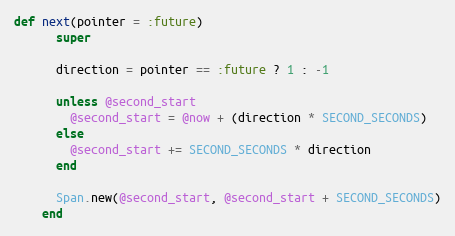
Language: Ruby
def next(pointer = :future)
      super

      direction = pointer == :future ? 1 : -1

      unless @second_start
        @second_start = @now + (direction * SECOND_SECONDS)
      else
        @second_start += SECOND_SECONDS * direction
      end

      Span.new(@second_start, @second_start + SECOND_SECONDS)
    end